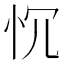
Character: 𢗑